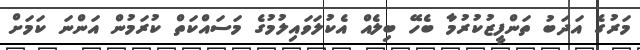
މަރުގެ އަދަބު ތަންފީޒުކުރުމާ ބެހޭ ބިލެއް އެކުލަވައިލުމުގެ މަސައްކަތް ކުރަމުން އަންނަ ކަމަށް